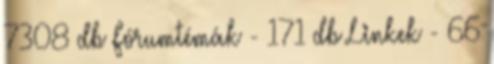
7308 db Fórumtémák - 171 db Linkek - 66